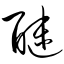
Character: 醚